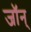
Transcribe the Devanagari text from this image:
जॉन्